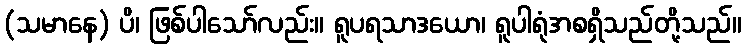
(သမာနေ) ပိ၊ ဖြစ်ပါသော်လည်း။ ရူပရသာဒယော၊ ရူပါရုံအစရှိသည်တို့သည်။